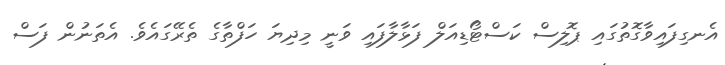
އެނގިފައިވާގޮތުގައި ޕޮލިސް ކަސްޓޯޑިއަލް ފަޅާލާފައި ވަނީ މިދިޔަ ހަފްތާގެ ތެރޭގައެވެ. އެތަނުން ފަސް